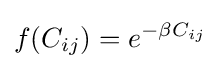
f(C_{ij})=e^{-\beta C_{ij}}